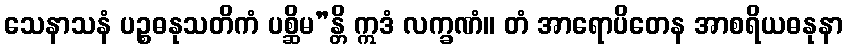
သေနာသနံ ပဉ္စဓနုသတိကံ ပစ္ဆိမ”န္တိ ဣဒံ လက္ခဏံ။ တံ အာရောပိတေန အာစရိယဓနုနာ